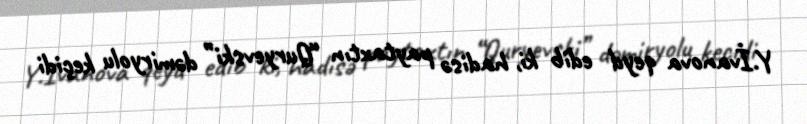
Y.İvanova qeyd edib ki, hadisə paytaxtın “Quryevski” dəmiryolu keçidi